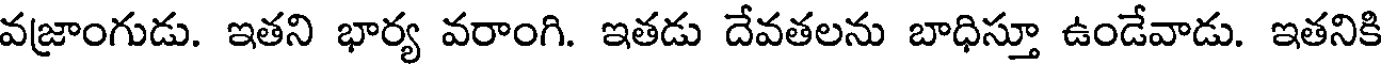
వజ్రాంగుడు. ఇతని భార్య వరాంగి. ఇతడు దేవతలను బాధిస్తూ ఉండేవాడు. ఇతనికి